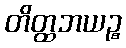
တိတ္ထဘယဉ္စ